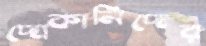
দোকানিদের